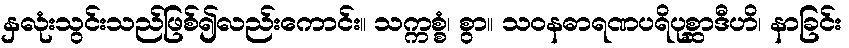
နှလုံးသွင်းသည်ဖြစ်၍လည်းကောင်း။ သက္ကစ္စံ၊ စွာ။ သဝနဓာရဏပရိပုစ္ဆာဒီဟိ၊ နာခြင်း